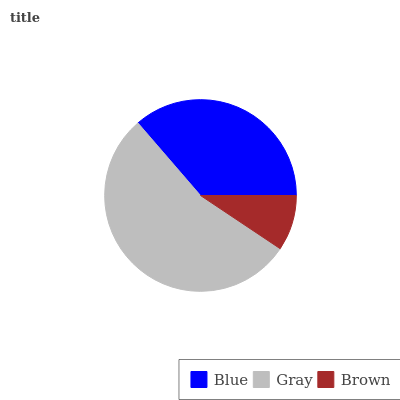
| Blue | Gray | Brown |
 | --- | --- | --- |
 | 36.3% | 54.3% | 9.38% |